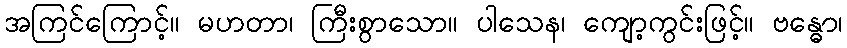
အကြင်ကြောင့်။ မဟတာ၊ ကြီးစွာသော။ ပါသေန၊ ကျော့ကွင်းဖြင့်။ ဗန္ဓော၊